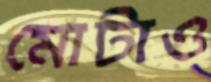
মোটাও